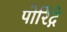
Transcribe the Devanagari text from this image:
पोर्रिद्गे